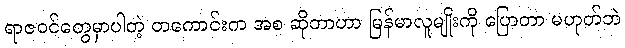
ရာဇဝင်တွေမှာပါတဲ့ တကောင်းက အစ ဆိုတာဟာ မြန်မာလူမျိုးကို ပြောတာ မဟုတ်ဘဲ